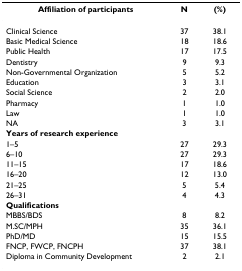
| Affiliation of participants | N | (%) |
 | --- | --- | --- |
 | Clinical Science | 37 | 38.1 |
 | Basic Medical Science | 18 | 18.6 |
 | Public Health | 17 | 17.5 |
 | Dentistry | 9 | 9.3 |
 | Non-Governmental Organization | 5 | 5.2 |
 | Education | 3 | 3.1 |
 | Social Science | 2 | 2.0 |
 | Pharmacy | 1 | 1.0 |
 | Law | 1 | 1.0 |
 | NA | 3 | 3.1 |
 | Years of research experience |  |  |
 | 1–5 | 27 | 29.3 |
 | 6–10 | 27 | 29.3 |
 | 11–15 | 17 | 18.6 |
 | 16–20 | 12 | 13.0 |
 | 21–25 | 5 | 5.4 |
 | 26–31 | 4 | 4.3 |
 | Qualifications |  |  |
 | MBBS/BDS | 8 | 8.2 |
 | M.SC/MPH | 35 | 36.1 |
 | PhD/MD | 15 | 15.5 |
 | FNCP, FWCP, FNCPH | 37 | 38.1 |
 | Diploma in Community Development | 2 | 2.1 |